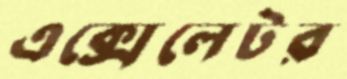
এক্সেলেটর